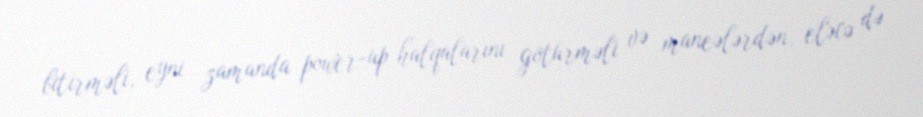
bitirməli, eyni zamanda power-up halqalarını götürməli və maneələrdən, eləcə də